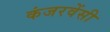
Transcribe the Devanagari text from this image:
कंजरवेंसी